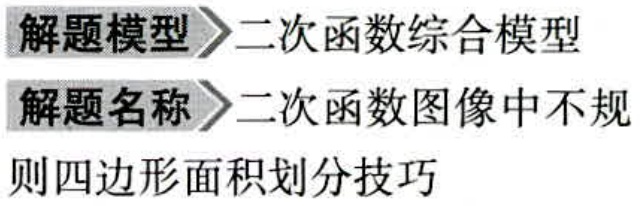
解题模型\(>\)二次函数综合模型
解题名称\(>\)二次函数图像中不规则四边形面积划分技巧